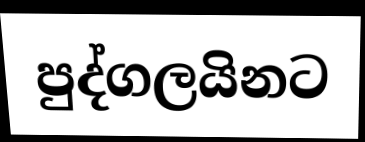
පුද්ගලයිනට